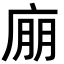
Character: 𢉁